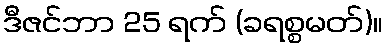
ဒီဇင်ဘာ 25 ရက် (ခရစ္စမတ်)။